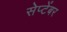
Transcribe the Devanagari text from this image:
सेप्टेंबर